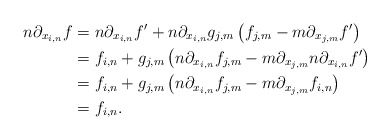
\begin{align*} n\partial_{x_{i,n}}f&=n\partial_{x_{i,n}}f'+n\partial_{x_{i,n}}g_{j,m}\left(f_{j,m}-m\partial_{x_{j,m}}f'\right)\\ &=f_{i,n}+g_{j,m}\left(n\partial_{x_{i,n}}f_{j,m}-m\partial_{x_{j,m}}n\partial_{x_{i,n}}f'\right)\\ &=f_{i,n}+g_{j,m}\left(n\partial_{x_{i,n}}f_{j,m}-m\partial_{x_{j,m}}f_{i,n}\right)\\ &=f_{i,n}.\end{align*}